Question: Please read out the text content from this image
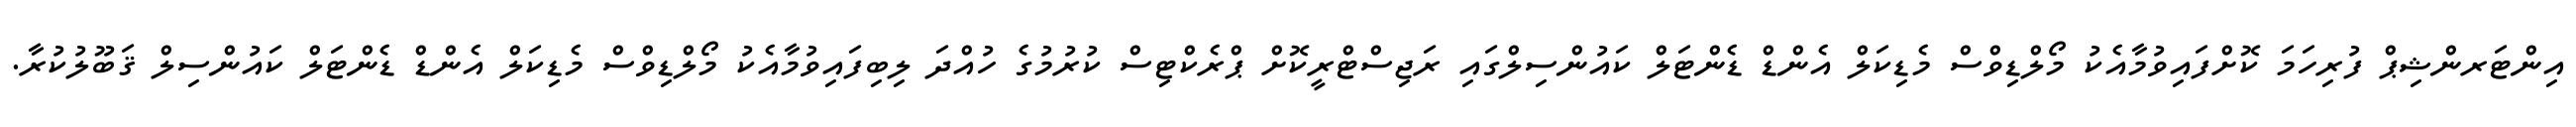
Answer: އިންޓަރންޝިޕް ފުރިހަމަ ކޮށްފައިވުމާއެކު މޯލްޑިވްސް މެޑިކަލް އެންޑް ޑެންޓަލް ކައުންސިލްގައި ރަޖިސްޓްރީކޮށް ޕްރެކްޓިސް ކުރުމުގެ ހުއްދަ ލިބިފައިވުމާއެކު މޯލްޑިވްސް މެޑިކަލް އެންޑް ޑެންޓަލް ކައުންސިލް ޤަބޫލުކުރާ.